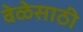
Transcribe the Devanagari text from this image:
वेळेसाठी